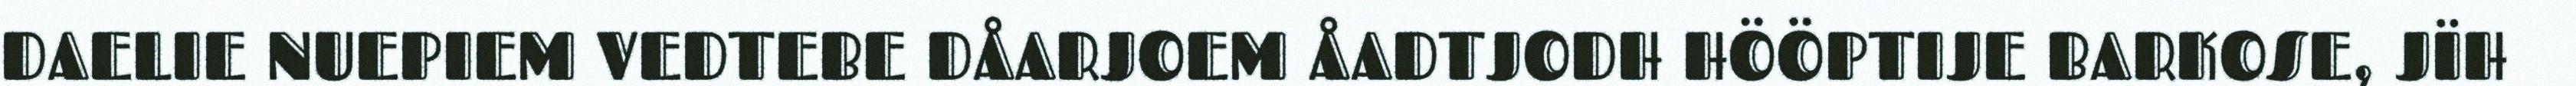
DAELIE NUEPIEM VEDTEBE DÅARJOEM ÅADTJODH HÖÖPTIJE BARKOSE, JÏH